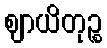
ဈာယိတုဉ္စ